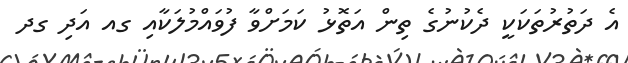
އެ ދަތުރުތަކަކީ ދެކުނުގެ ތިން އަތޮޅު ކަމަށްވާ ފުވައްމުލަކާއި ގއ އަދި ގދ